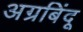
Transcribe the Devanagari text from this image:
अग्रबिंदू